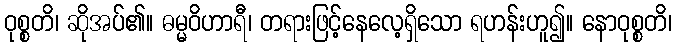
ဝုစ္စတိ၊ ဆိုအပ်၏။ ဓမ္မဝိဟာရီ၊ တရားဖြင့်နေလေ့ရှိသော ရဟန်းဟူ၍။ နောဝုစ္စတိ၊